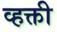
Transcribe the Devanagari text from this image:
व्हक्ती